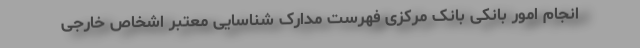
انجام امور بانکی بانک مرکزی فهرست مدارک شناسایی معتبر اشخاص خارجی